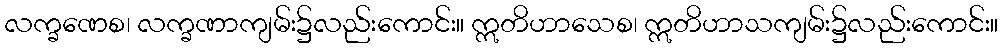
လက္ခဏေစ၊ လက္ခဏာကျမ်း၌လည်းကောင်း။ ဣတိဟာသေစ၊ ဣတိဟာသကျမ်း၌လည်းကောင်း။